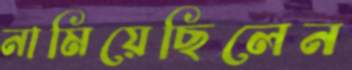
নামিয়েছিলেন